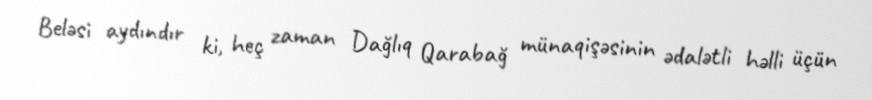
Beləsi aydındır ki, heç zaman Dağlıq Qarabağ münaqişəsinin ədalətli həlli üçün